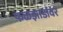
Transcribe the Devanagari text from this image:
फळझाडांवर